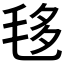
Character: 𣭧